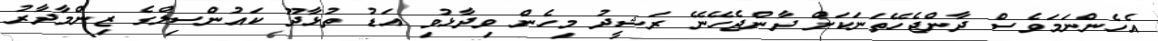
އެހެންނަމަވެސް ދާންޖެހޭތަނަކަށް ދާންޖެހޭނޭ ރަޝީދު މިހެން ވިދާޅުވި އަޑު ތުޅާދޫ ކައުންސިލްގެ ޒިންމާދާރު